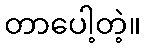
တာပေါ့တဲ့။